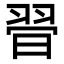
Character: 𦐲